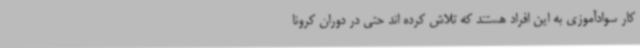
کار سوادآموزی به این افراد هستند که تلاش کرده اند حتی در دوران کرونا